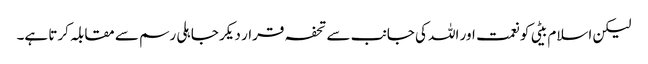
لیکن اسلام بیٹی کو نعمت اور اللہ کی جانب سے تحفہ قرار دیکر جاہلی رسم سے مقابلہ کرتا ہے۔